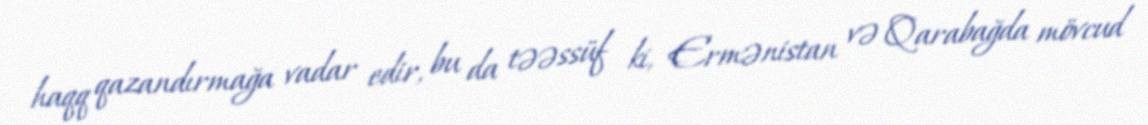
haqq qazandırmağa vadar edir, bu da təəssüf ki, Ermənistan və Qarabağda mövcud